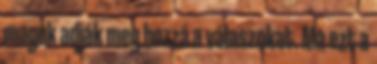
maguk adják meg hozzá a válaszokat. Ma ezt a